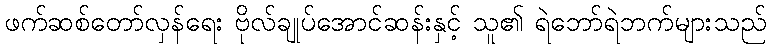
ဖက်ဆစ်တော်လှန်ရေး ဗိုလ်ချုပ်အောင်ဆန်းနှင့် သူ၏ ရဲဘော်ရဲဘက်များသည်